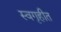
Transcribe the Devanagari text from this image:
स्वगृहीत